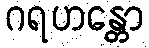
ဂရဟန္တော